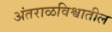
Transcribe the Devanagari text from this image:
अंतराळविश्वातील